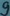
Text: 9